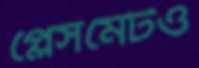
প্লেসমেটও